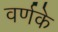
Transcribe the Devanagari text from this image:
वर्णके